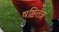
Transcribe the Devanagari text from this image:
षष्टितंत्र